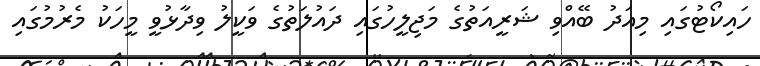
ހައިކޯޓުގައި މިއަދު ބޭއްވި ޝަރީއަތުގެ މަޖިލީހުގައި ދައުލަތުގެ ވަކީލު ވިދާޅުވީ މީހަކު މެރުމުގައި